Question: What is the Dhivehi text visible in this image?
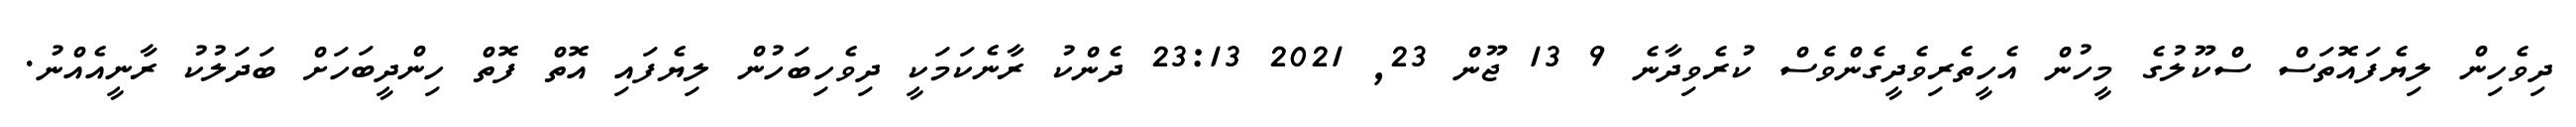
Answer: ދިވެހިން ލިޔެފައޮތަސް ސްކޫލުގެ މީހުން އެހީތެރިވެދީގެންވެސް ކުރެވިދާނެ 9 13 ޖޫން 23, 2021 23:13 ދެންކު ރާނެކަމަކީ ދިވެހިބަހުން ލިޔެފައި އޮތް ފޮތް ހިންދީބަހަށް ބަދަލުކު ރާނީއެއްނު.